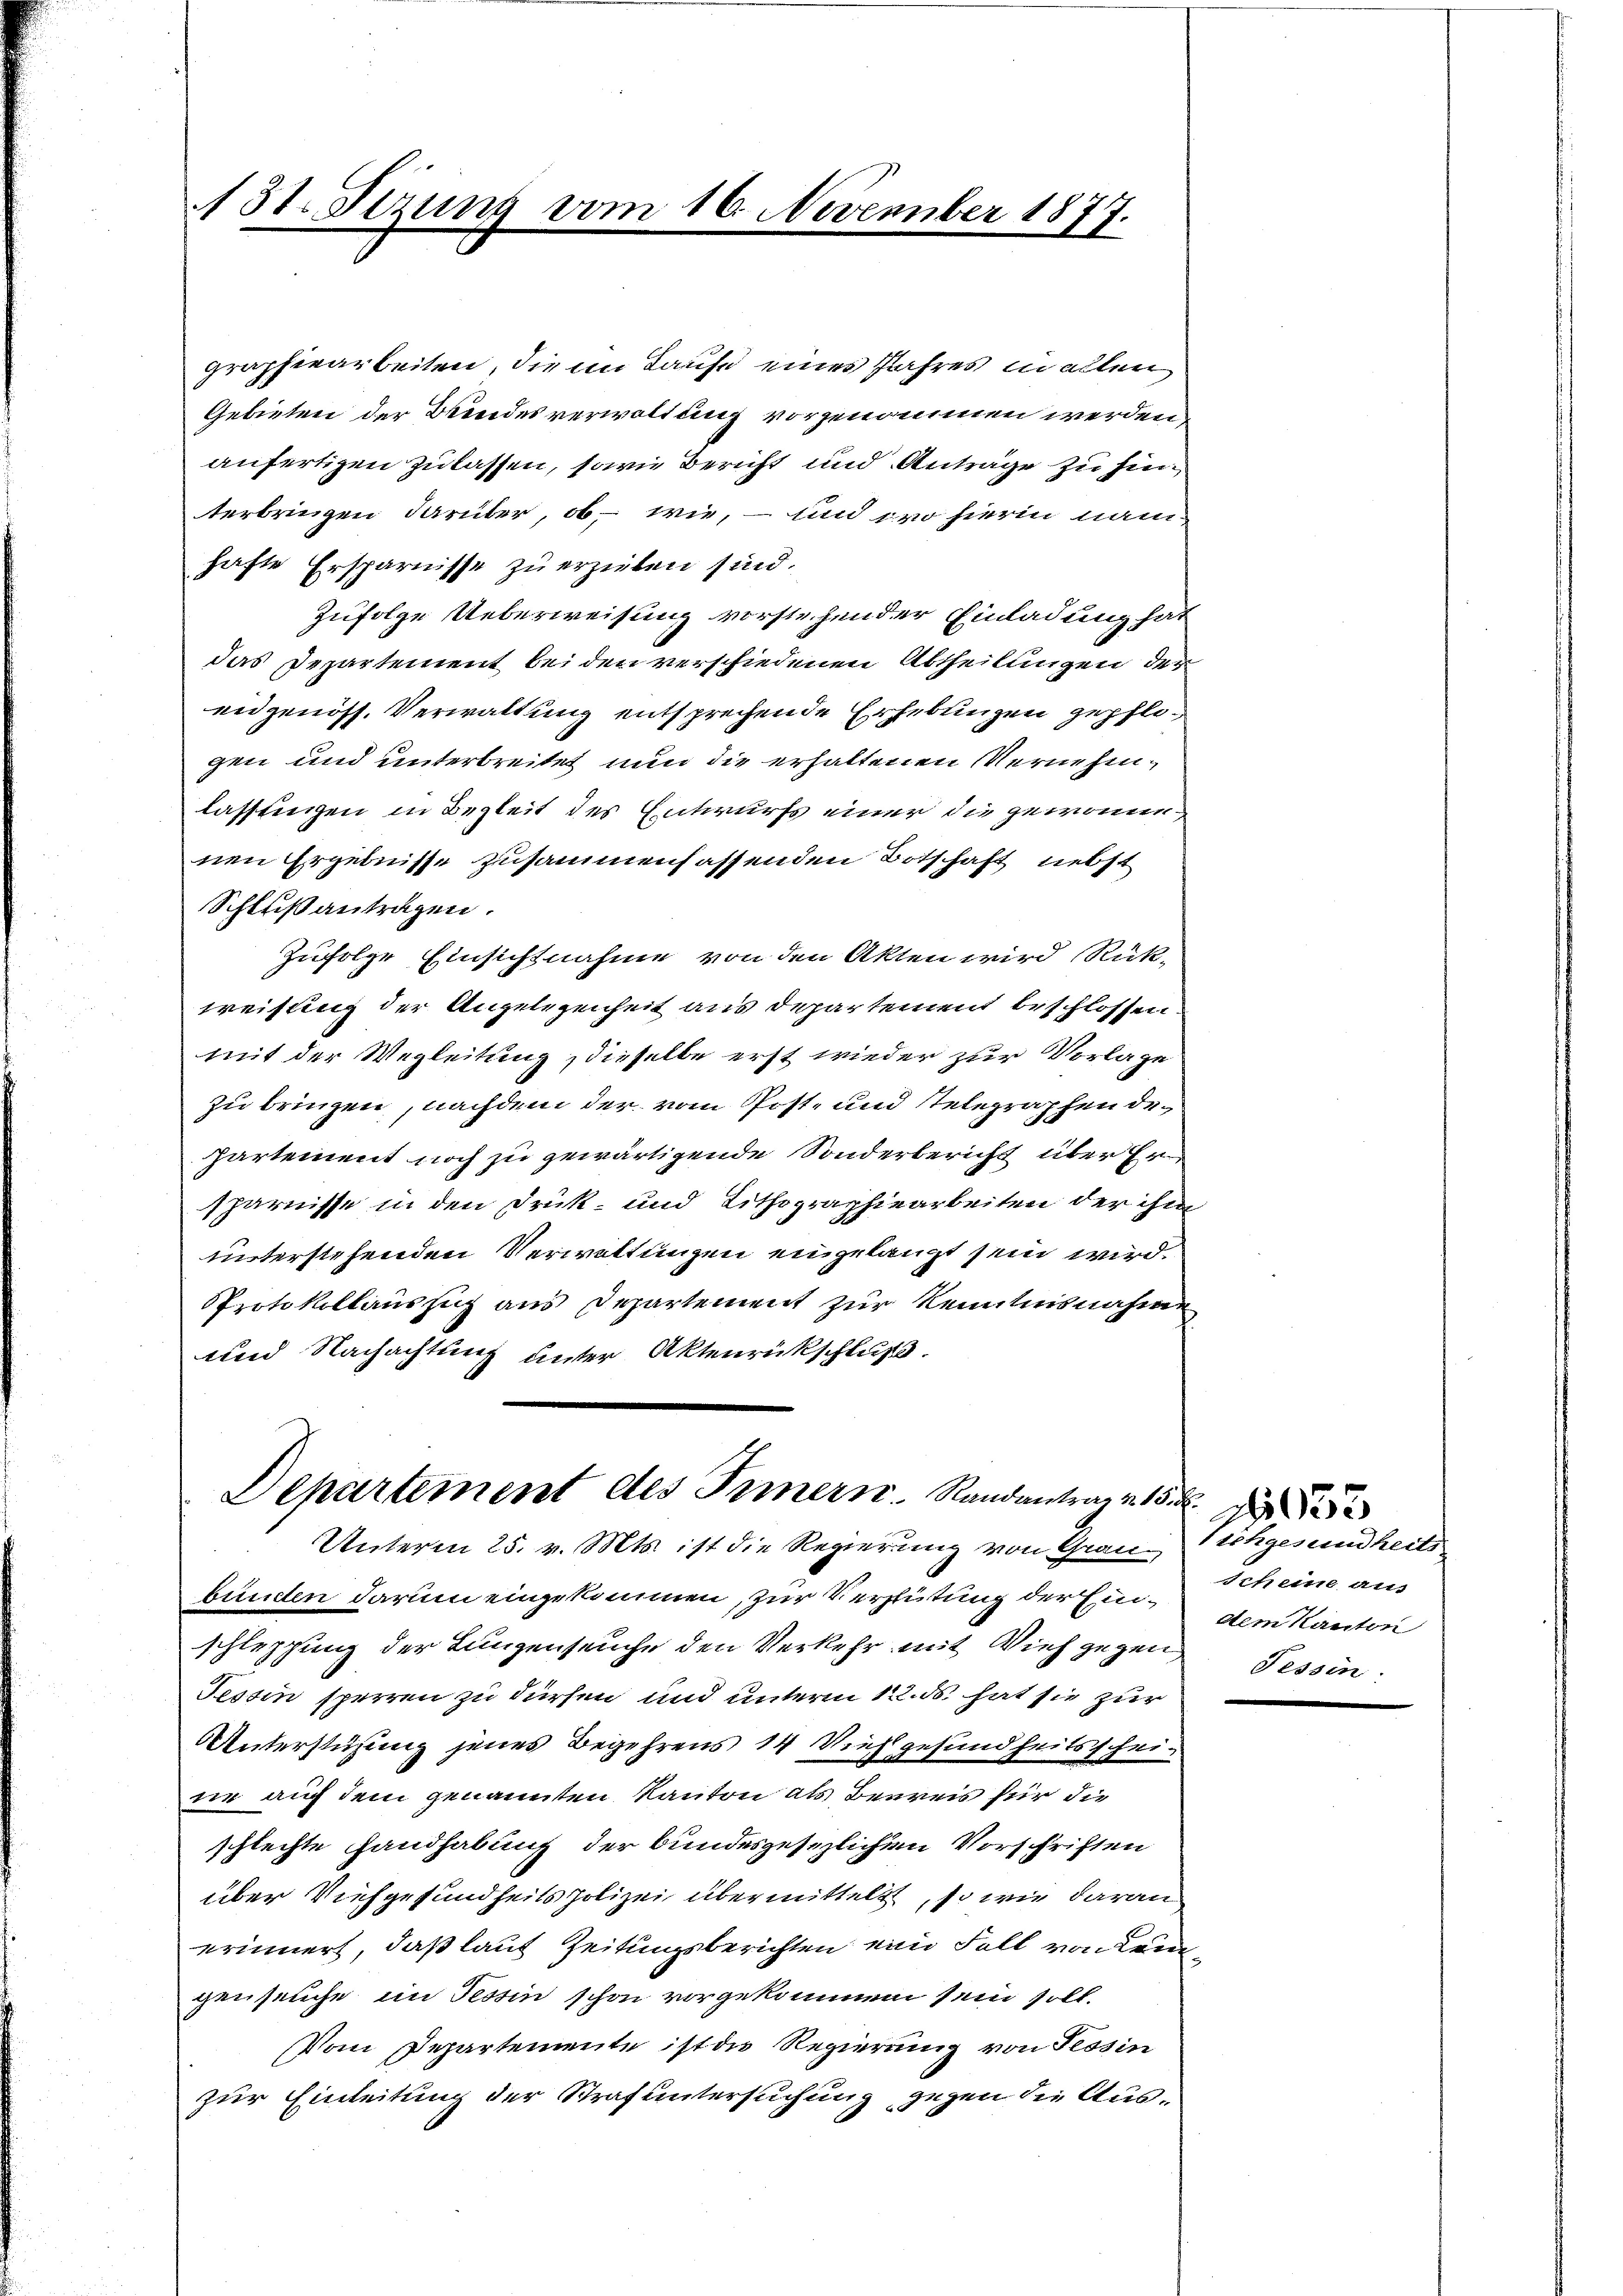
131. Sizung vom 16. November 1877.

graphiearbeiten, die im Laufe eines Jahres allen
Gebieten der Bundesverwaltung vorgenommen werden,
anfertigen zulassen, sowie Bericht und Anträge zu hinterbringen darüber, ob - wie, – und wo hierin namhafte Ersparnisse zu erzielen sind.
zufolge Ueberweisung vorstehender Einladung hat
das Departement bei den verschiedenen Abtheilungen der
eidgenöss. Verwaltung entsprechende Erhebungen gepfligen und unterbreitet nun die erhaltenen Vernehmlassungen in Begleit des Entwurfs einer die gewonn
nen Ergebnisse zusammenhassenden Botschaft nebst
Schlußantragen.
Zufolge Einsichtnahme von den Akten wird Rück-
treisung der Angelegenheit aus departement beschlossen.
mit der Wegleitung dieselbe erst wieder zur Vorlage
zu bringen, nachdem der vom Post- und stelegraphen departement noch zu gewärtigende Sonderbericht über Ersparnisse in den Druk- und Lithographiearbeiten der ihm
unterstehenden Verwittungen eingelangt sein wird.
PProtokollauszug aus Departement zur Kenntnisnahme
und Nachachtung unter Aktenrückschluß.

Departement des Innern Randantrag 15.
Unterm 25. v. Mts. ist die Regierung von Grau- Nchgesundheits

bunden darum eingekommen, zur Vergütung der Einschleppung der Lungenseuche den Verkehr mit Vieh gegen Tessin
Tessin sperren zu dürfen und unterm 122. ds. hat sie zur
Unterstühung jenes Begehrens 14 Vieh gesundheitsscheinr auf dem genannten Kanton als Beereis für die
schlechte Handhabung der bundesgesezlichen Vorschriften
über Viehgesundheitspolizei übermittelt, so wie daran
erinnert, daß laut Zeitungsberichten ein Fall von Leigenseuche im Tessin schon vorgekommen sein soll.
Vom Departemente ist die Regierung von Tessin
zur Einleitung der Strafuntersuchung gegen die Aus¬

Scheine aus
dem Kanton